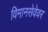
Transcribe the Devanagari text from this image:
विमानसेवेवर